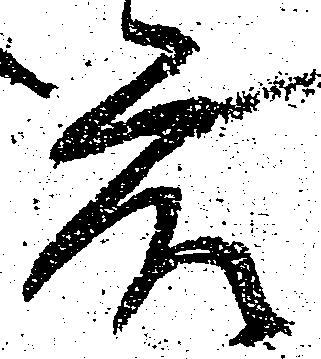
衆